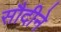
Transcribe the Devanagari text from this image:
सौदीने